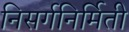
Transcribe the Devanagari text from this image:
निसर्गनिर्मिती